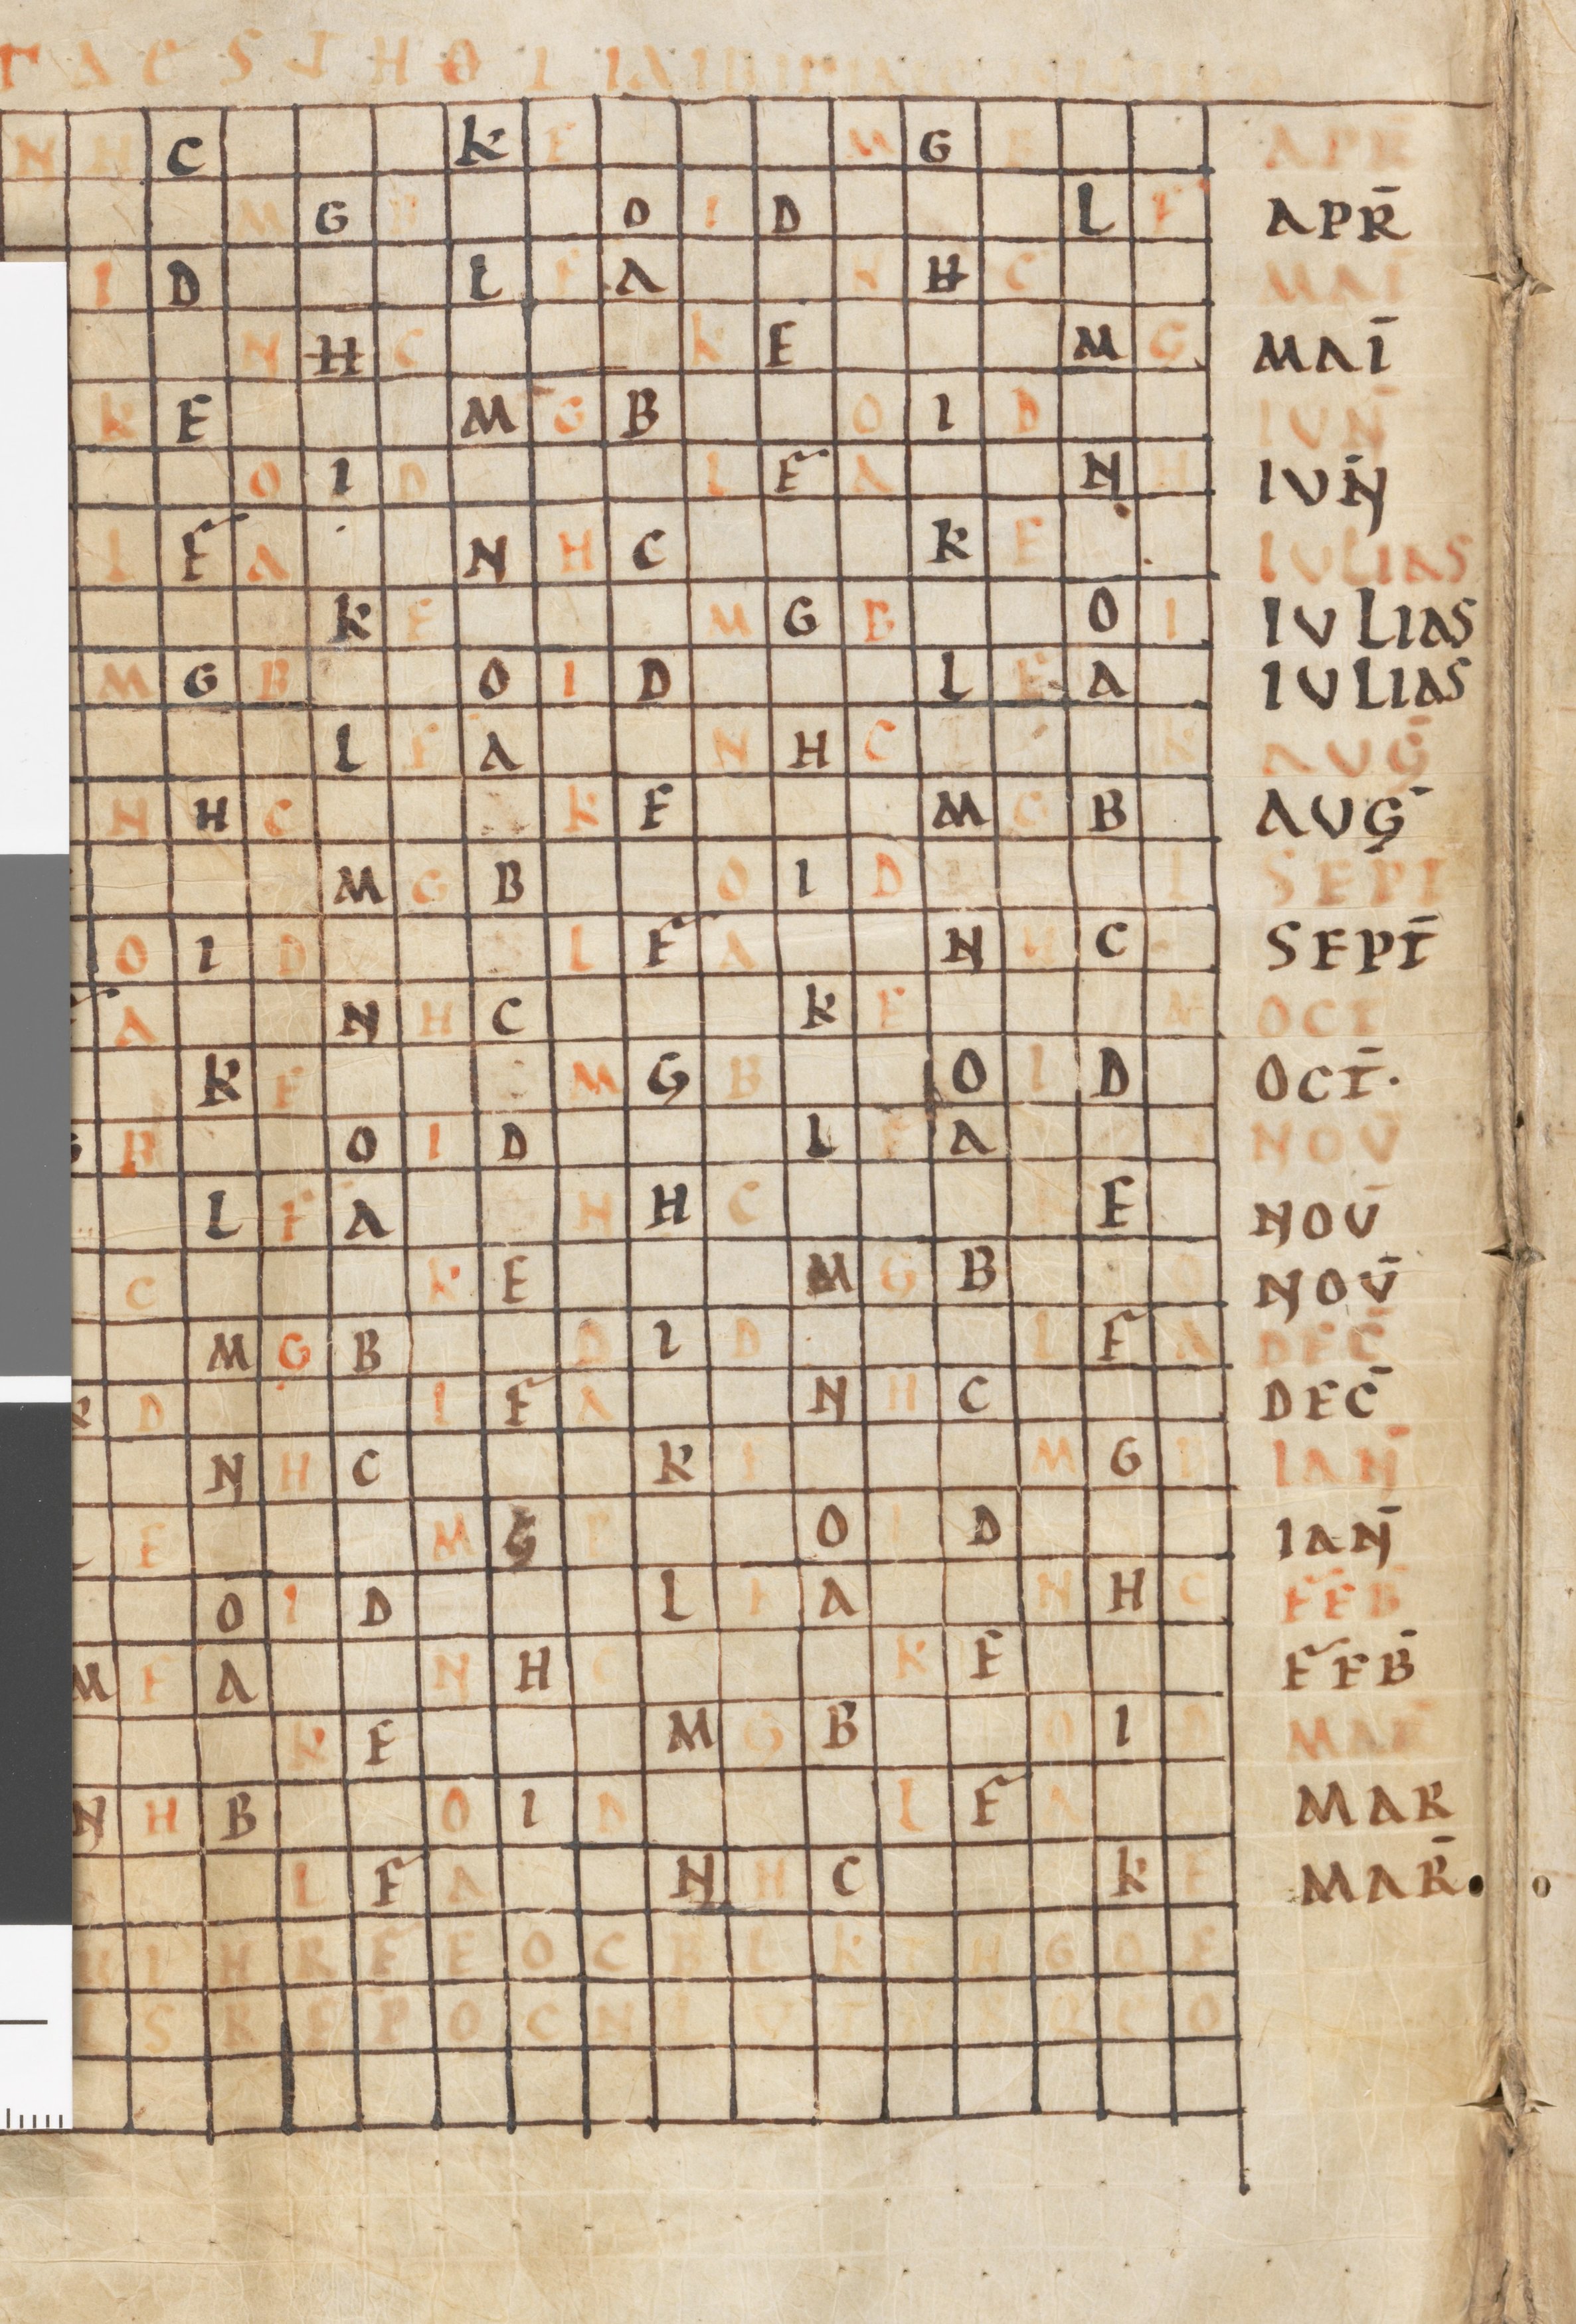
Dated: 800–1299